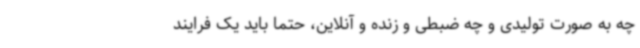
چه به صورت تولیدی و چه ضبطی و زنده و آنلاین، حتماً باید یک فرایند